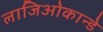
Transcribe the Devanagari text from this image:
लाजिओकान्डे